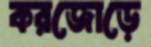
করজোড়ে